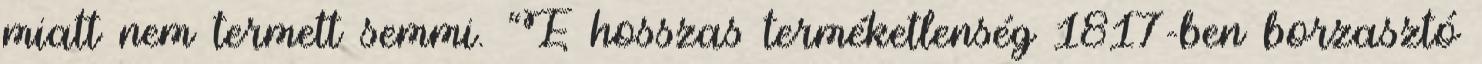
miatt nem termett semmi. “E hosszas terméketlenség 1817-ben borzasztó